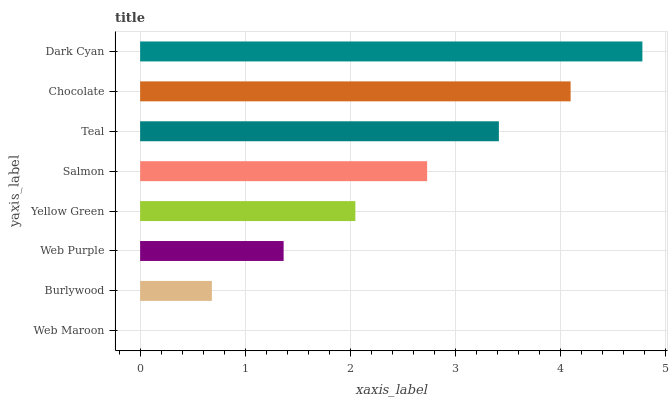
| yaxis_label | bars |
 | --- | --- |
 | Web Maroon | 0 |
 | Burlywood | 0.683 |
 | Web Purple | 1.37 |
 | Yellow Green | 2.05 |
 | Salmon | 2.73 |
 | Teal | 3.41 |
 | Chocolate | 4.1 |
 | Dark Cyan | 4.78 |